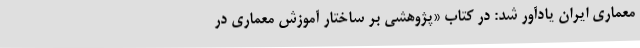
معماری ایران یادآور شد: در کتاب «پژوهشی بر ساختار آموزش معماری در